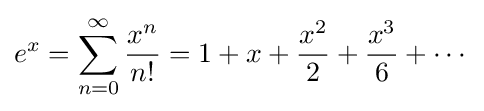
e^{x}=\sum _{n=0}^{\infty }{\frac {x^{n}}{n!}}=1+x+{\frac {x^{2}}{2}}+{\frac {x^{3}}{6}}+\cdots